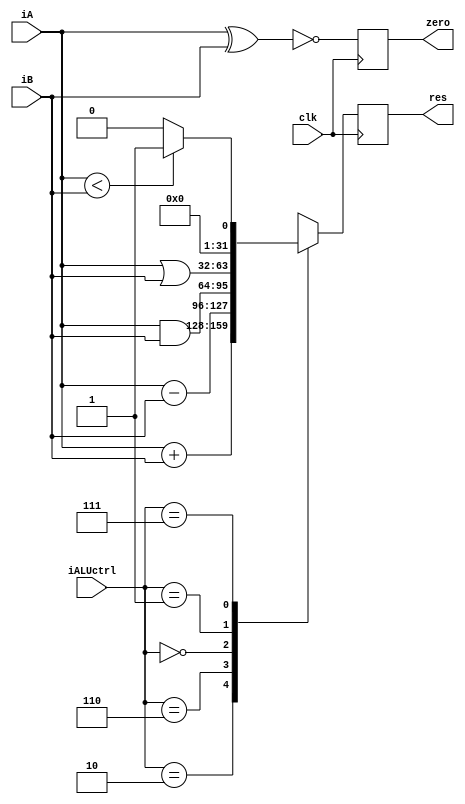
`timescale 1ns / 1ps

module ALUexec(clk,
               iA,
               iB,
               iALUctrl,
               res,
               zero);
                  
   input [31:0] iA, iB;
   input [2:0] iALUctrl;
   output reg zero;
   output reg [31:0] res;

   input clk;
    
   always @(posedge clk) begin
      zero = !(iA ^ iB);

      case(iALUctrl)
         3'b010: res = iA + iB;
         3'b110: res = iA - iB;
         3'b000: res = iA & iB;
         3'b001: res = iA | iB;
         3'b111: res = (iA < iB) ? 32'h1:32'h0;
         default: res = 32'hxxxxxxxx;
      endcase
   end
endmodule // main